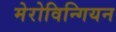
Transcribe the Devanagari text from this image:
मेरोविन्गियन